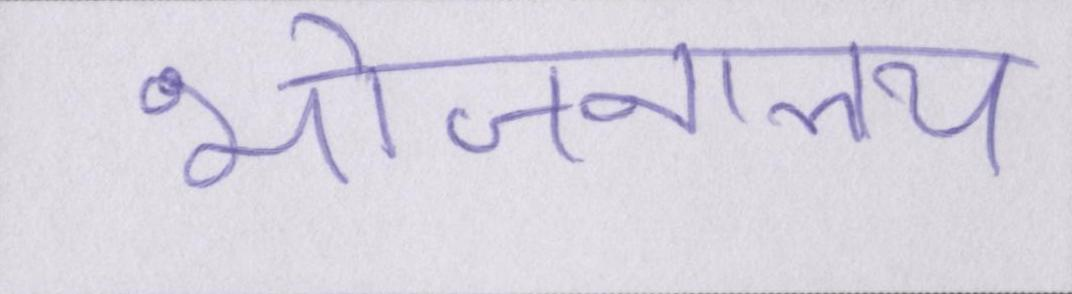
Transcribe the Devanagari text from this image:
भोजनालय